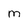
Character: m